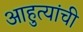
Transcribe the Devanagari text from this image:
आहुत्यांची